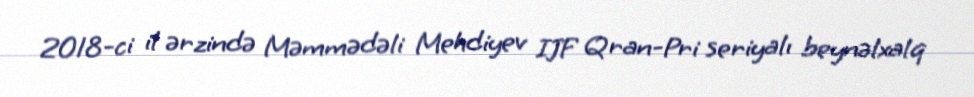
2018-ci il ərzində Məmmədəli Mehdiyev IJF Qran-Pri seriyalı beynəlxalq